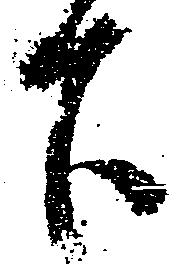
下